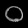
Digit: ၀